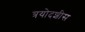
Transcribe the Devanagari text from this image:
त्रयोदशीस